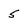
Character: 5